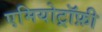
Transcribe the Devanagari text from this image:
एमियोट्रॉफ़ी